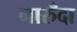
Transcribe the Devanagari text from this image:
नारुँदा